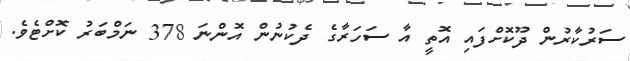
ސަރުކާރުން ދޫކޮށްފައި އޮތީ އާ ސަހަރާގެ ދެކުނުން އޮންނަ 378 ނަމްބަރު ކޮށްޓެވެ.